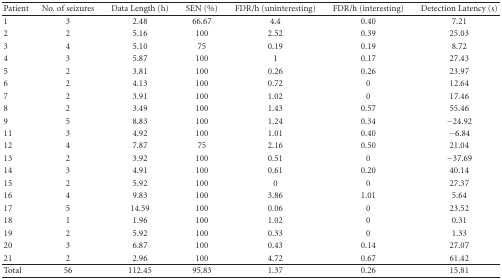
| Patient | No. of seizures | Data Length (h) | SEN (%) | FDR/h (uninteresting) | FDR/h (interesting) | Detection Latency (s) |
 | --- | --- | --- | --- | --- | --- | --- |
 | 1 | 3 | 2.48 | 66.67 | 4.4 | 0.40 | 7.21 |
 | 2 | 2 | 5.16 | 100 | 2.52 | 0.39 | 25.03 |
 | 3 | 4 | 5.10 | 75 | 0.19 | 0.19 | 8.72 |
 | 4 | 3 | 5.87 | 100 | 1 | 0.17 | 27.43 |
 | 5 | 2 | 3.81 | 100 | 0.26 | 0.26 | 23.97 |
 | 6 | 2 | 4.13 | 100 | 0.72 | 0 | 12.64 |
 | 7 | 2 | 3.91 | 100 | 1.02 | 0 | 17.46 |
 | 8 | 2 | 3.49 | 100 | 1.43 | 0.57 | 55.46 |
 | 9 | 5 | 8.83 | 100 | 1.24 | 0.34 | −24.92 |
 | 11 | 3 | 4.92 | 100 | 1.01 | 0.40 | −6.84 |
 | 12 | 4 | 7.87 | 75 | 2.16 | 0.50 | 21.04 |
 | 13 | 2 | 3.92 | 100 | 0.51 | 0 | −37.69 |
 | 14 | 3 | 4.91 | 100 | 0.61 | 0.20 | 40.14 |
 | 15 | 2 | 5.92 | 100 | 0 | 0 | 27.37 |
 | 16 | 4 | 9.83 | 100 | 3.86 | 1.01 | 5.64 |
 | 17 | 5 | 14.59 | 100 | 0.06 | 0 | 23.52 |
 | 18 | 1 | 1.96 | 100 | 1.02 | 0 | 0.31 |
 | 19 | 2 | 5.92 | 100 | 0.33 | 0 | 1.33 |
 | 20 | 3 | 6.87 | 100 | 0.43 | 0.14 | 27.07 |
 | 21 | 2 | 2.96 | 100 | 4.72 | 0.67 | 61.42 |
 | Total | 56 | 112.45 | 95.83 | 1.37 | 0.26 | 15.81 |